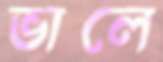
ভালে